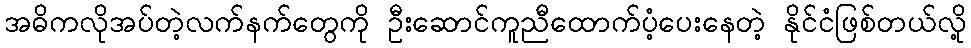
အဓိကလိုအပ်တဲ့လက်နက်တွေကို ဦးဆောင်ကူညီထောက်ပံ့ပေးနေတဲ့ နိုင်ငံဖြစ်တယ်လို့